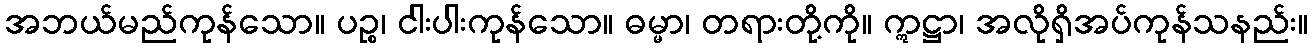
အဘယ်မည်ကုန်သော။ ပဉ္စ၊ ငါးပါးကုန်သော။ ဓမ္မာ၊ တရားတို့ကို။ ဣဋ္ဌာ၊ အလိုရှိအပ်ကုန်သနည်း။